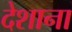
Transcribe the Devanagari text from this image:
देशाना